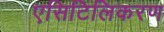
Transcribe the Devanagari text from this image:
एसिटिलिकरण